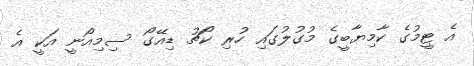
އެ ޓީމުގެ ކާމިޔާބީގެ މުގުލުގައި ހުރި ކޯޗު ޑިއޭގޯ ސިމިއޯނީ އަކީ އެ